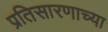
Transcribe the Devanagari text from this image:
प्रतिसारणाच्या